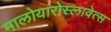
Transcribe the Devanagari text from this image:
मालोयारोस्लावेत्स